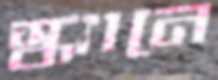
স্ক্যানে